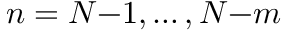
n = N { - } 1 , \ldots , N { - } m